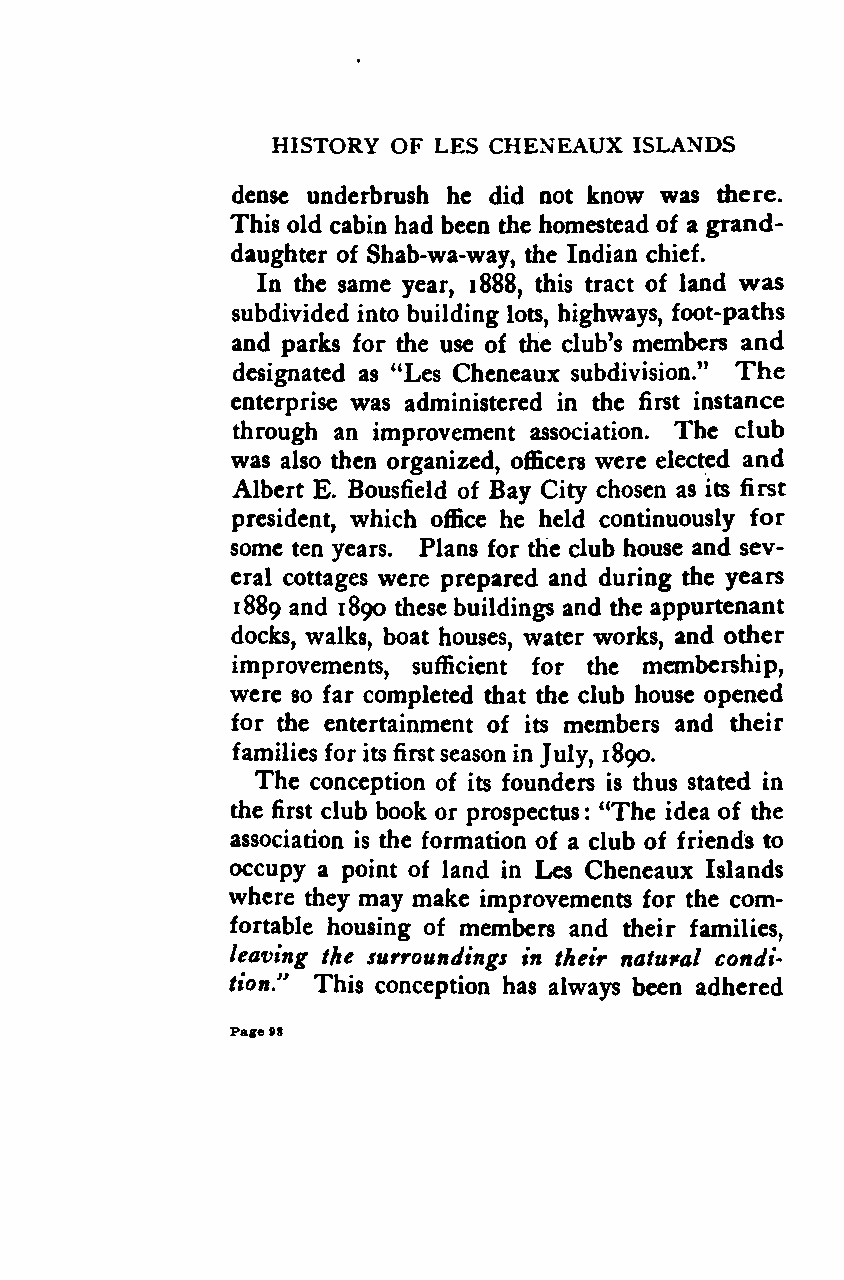
HISTORY OF LES CHENEAUX ISLANDS
 dense underbrush he did not know was diere.
 This old cabin had been the homestead of a grand-
 daughter of Shab-wa-way, the Indian chief.
 In the same year, 1888, this tract of land was
 subdivided into building lots, highways, foot-paths
 and parks for the use of the club's members and
 The
 designated as "Les Cheneaux subdivision."
 enterprise was administered in the first instance
 through an improvement association. The club
 was also then organized, officers were elected and
 Albert E. Bousfield of Bay City chosen as its first
 president, which office he held continuously for
 some ten years. Plans for the club house and sev-
 eral cottages were prepared and during the years
 1889 and 1890 these buildings and the appurtenant
 docks, walks, boat houses, water works, and other
 improvements, sufficient for the membership,
 were so far completed that the club house opened
 for the entertainment of its members and their
 families for its firstseason in July, 1890.
 The conception of its founders is thus stated in
 the first club book or prospectus "The idea of the
 :
 association is the formation of a club of friends to
 occupy a point of land in Les Cheneaux Islands
 where they may make improvements for the com-
 fortable housing of members and their families,
 leaving the surroundings in their natural condi-
 tion/' This conception has always been adhered
 Page98
 Google
 Digitizedby